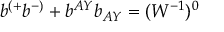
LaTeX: b ^ { ( + } b ^ { - ) } + b ^ { A Y } b _ { A Y } = ( W ^ { - 1 } ) ^ { 0 }